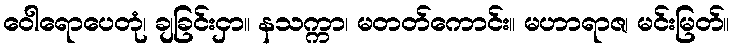
ဝေါရောပေတုံ၊ ချခြင်းငှာ။ နသက္ကာ၊ မတတ်ကောင်း။ မဟာရာဇ၊ မင်းမြတ်။